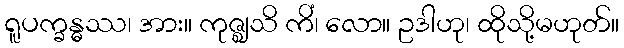
ရူပက္ခန္ဓဿ၊ အား။ ကုဇ္ဈသိ ကိံ၊ လော။ ဥဒါဟု၊ ထိုသို့မဟုတ်။